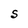
Character: S